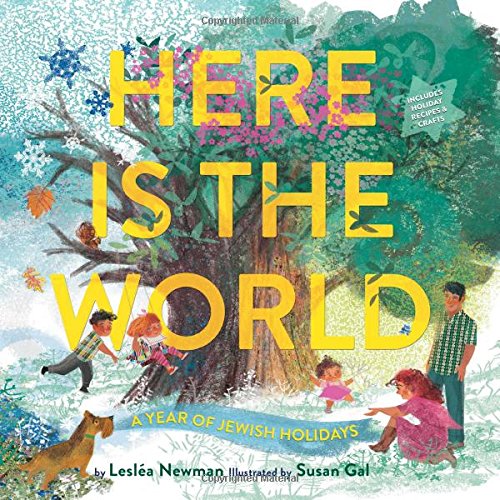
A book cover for Here Is the World: A Year of Jewish Holidays; LeslÃ©a Newman; Children's Books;